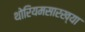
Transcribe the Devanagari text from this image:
थोरियमसारख्या